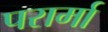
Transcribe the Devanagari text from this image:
परार्मा